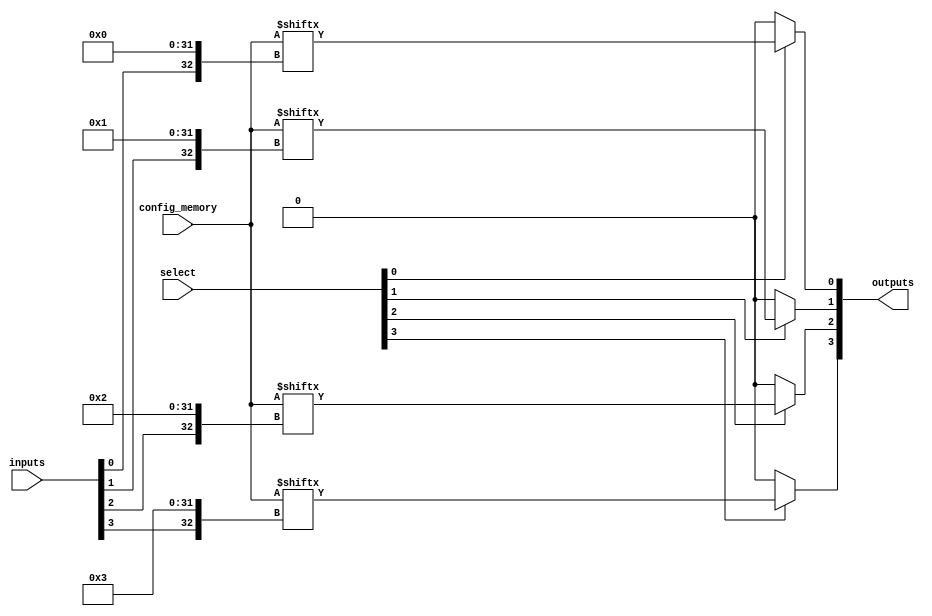
module CLB (
    input  wire [3:0] inputs,           // Input lines
    input  wire [3:0] select,           // Control signals for multiplexers
    input  wire [15:0] config_memory,   // Configuration memory for LUTs
    output wire [3:0] outputs           // Output lines
);

    wire [3:0] lut_outputs;             // Outputs from LUTs
    wire [3:0] mux_outputs;             // Outputs from multiplexers

    // Configure LUTs: each LUT has 4 inputs and can be one of 16 configurations
    genvar i;
    generate
        for (i = 0; i < 4; i = i + 1) begin : lut
            assign lut_outputs[i] = config_memory[{inputs[i], i}];
        end
    endgenerate

    // Multiplexers to select outputs
    assign mux_outputs[0] = (select[0]) ? lut_outputs[0] : 1'b0;
    assign mux_outputs[1] = (select[1]) ? lut_outputs[1] : 1'b0;
    assign mux_outputs[2] = (select[2]) ? lut_outputs[2] : 1'b0;
    assign mux_outputs[3] = (select[3]) ? lut_outputs[3] : 1'b0;

    // Final outputs of the CLB
    assign outputs = mux_outputs;

endmodule